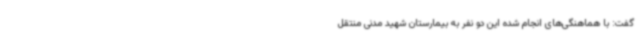
گفت: با هماهنگی‌های انجام شده این دو نفر به بیمارستان شهید مدنی منتقل